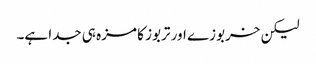
لیکن خربوزے اور تربوز کا مزہ ہی جدا ہے۔